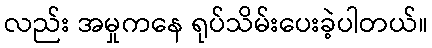
လည်း အမှုကနေ ရုပ်သိမ်းပေးခဲ့ပါတယ်။